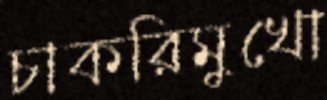
চাকরিমুখো